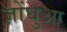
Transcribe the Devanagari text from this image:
ज़ोंघुआ